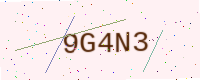
Text: 9G4N3